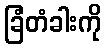
ခြံတံခါးကို